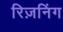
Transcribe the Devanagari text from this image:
रिज़निंग